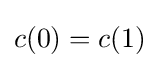
c(0)=c(1)